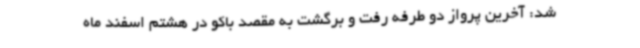
شد: آخرین پرواز دو طرفه رفت و برگشت به مقصد باکو در هشتم اسفند ماه